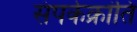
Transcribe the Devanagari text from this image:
संपर्कक्रांति